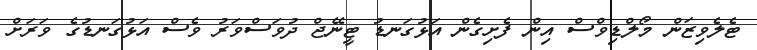
ޓެލެވިޒަން މޯލްޑިވްސް އިން ފެށިގެން އަޅުގަނޑު ޓީނޭޖް ދުވަސްވަރު ވެސް އަޅުގަނޑުގެ ވަރަށް